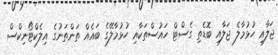
ޖަލާއި ހުޅުމާލެ ޖަލާއި ބޮޑެތި ގެސްޓް ހައުސްތަކާއި ހުޅުމާލޭގެ ބައެއް ތަންތަނުގެ އިލެކްޓޯނިކްސް